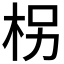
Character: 柺